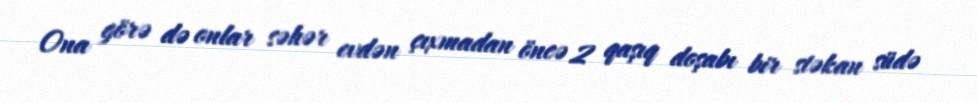
Ona görə də onlar səhər evdən çıxmadan öncə 2 qaşıq doşabı bir stəkan südə